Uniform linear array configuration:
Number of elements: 24
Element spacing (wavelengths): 1
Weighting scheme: cosine
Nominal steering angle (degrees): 0
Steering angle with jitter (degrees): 1.118
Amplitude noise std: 0.05
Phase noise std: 0.05

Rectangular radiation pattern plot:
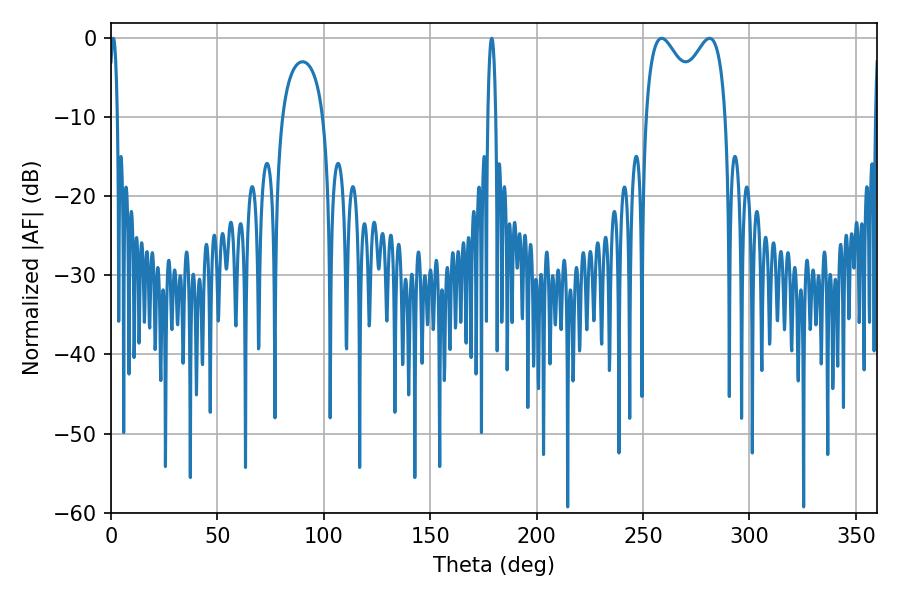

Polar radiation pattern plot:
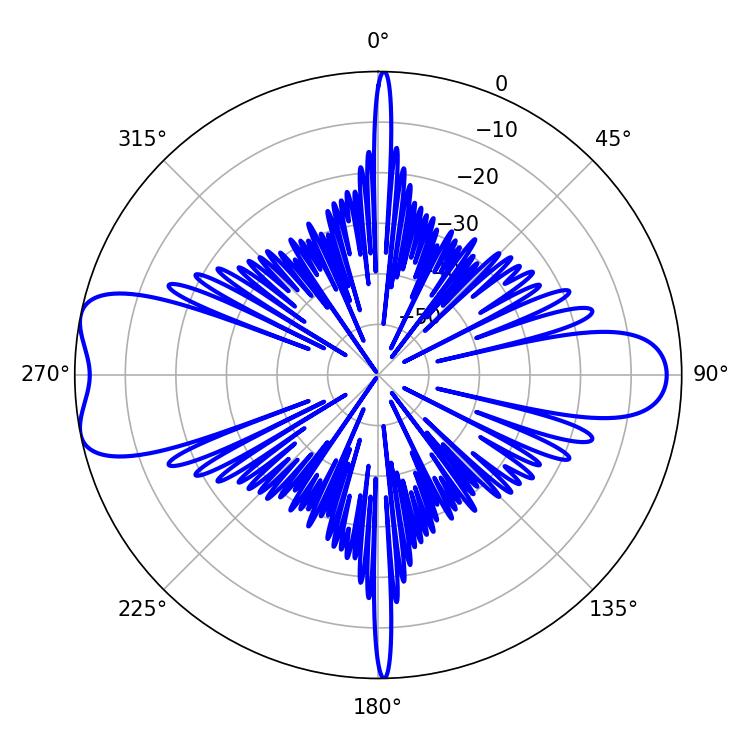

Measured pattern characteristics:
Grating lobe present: TRUE
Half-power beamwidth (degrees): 31.68
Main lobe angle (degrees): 258.66